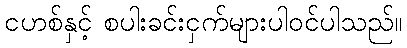
ငဟစ်နှင့် စပါးခင်းငှက်များပါဝင်ပါသည်။